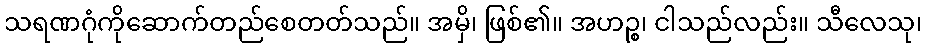
သရဏဂုံကိုဆောက်တည်စေတတ်သည်။ အမှိ၊ ဖြစ်၏။ အဟဉ္စ၊ ငါသည်လည်း။ သီလေသု၊